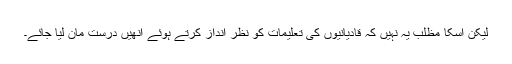
لیکن اسکا مظلب یہ نہیں کہ قادیانیوں کی تعلیمات کو نظر انداز کرتے ہوئے انھیں درست مان لیا جائے۔